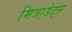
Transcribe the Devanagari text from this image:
मित्रा़डेट्स